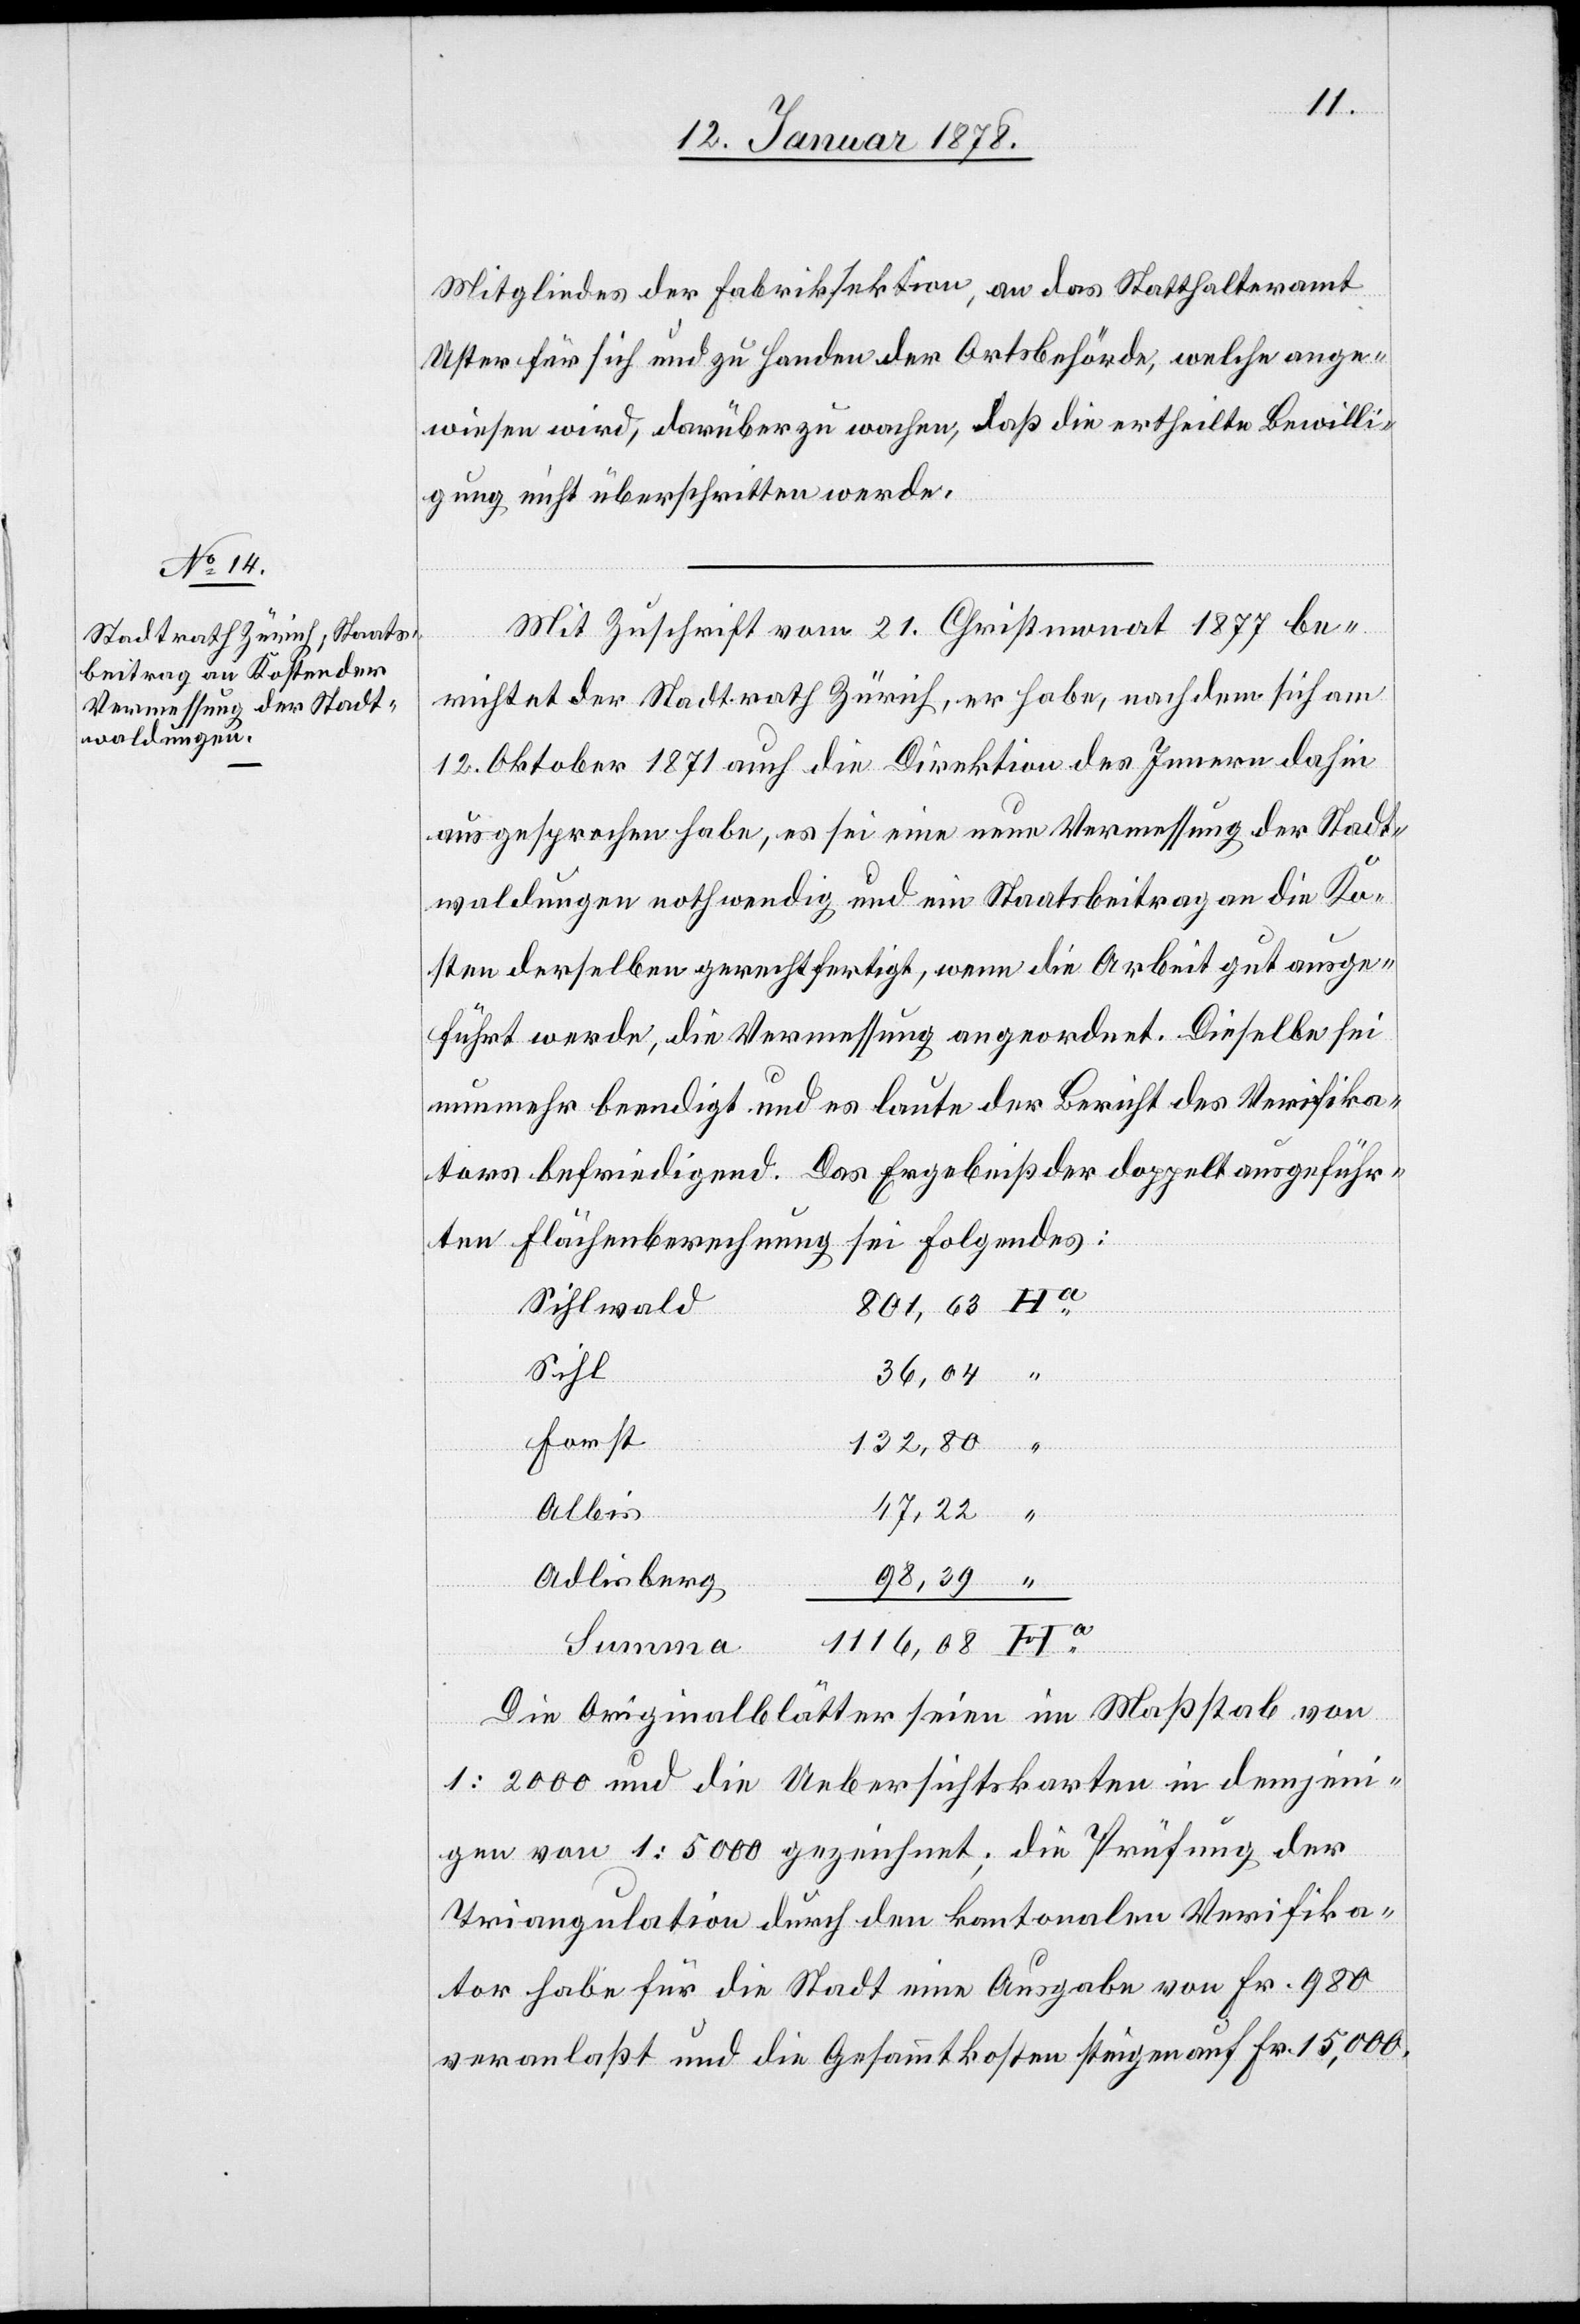
Mitgliedes der Fabriksektion, an das Statthalteramt
Uster für sich und zu Handen der Ortsbehörde, welche ange¬
wiesen wird, darüber zu wachen, daß die ertheilte Bewilli¬
gung nicht überschritten werde.
Mit Zuschrift vom 21 Christmonat 1877 be¬
richtet der Stadtrath Zürich, er habe, nachdem sich am
12 Oktober 1871 auch die Direktion des Innern dahin
ausgesprochen habe, es sei eine neue Vermessung der Stadt¬
waldungen nothwendig und ein Staatsbeitrag an die Ko¬
sten derselben gerechtfertigt, wenn die Arbeit gut ausge¬
führt werde, die Vermessung angeordnet. Dieselbe sei
nunmehr beendigt und es laute der Bericht der Verifika¬
tors befriedigend. Das Ergebniß der doppelt ausgeführ¬
ten Flächenberechnung sei Folgendes:
801,63 Ha
Sihlwald
36,04 “
132,80 “
17,22 “
98,39 “
Adlisberg
Die Originalblätter seien im Maßstab von
1 : 2000 und die Uebersichtskarten in demjeni¬
gen von 1 : 5000 gezeichnet; die Prüfung der
Triangulation durch den kantonalen Verifika¬
tor habe für die Stadt eine Ausgabe von fr. 980
veranlaßt und die Gesammtkosten steigen auf Fr. 15,000.